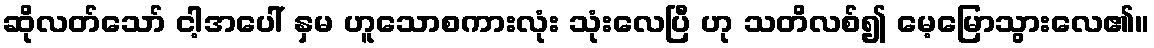
ဆိုလတ်သော် ငါ့အပေါ် နှမ ဟူသောစကားလုံး သုံးလေပြီ ဟု သတိလစ်၍ မေ့မြောသွားလေ၏။